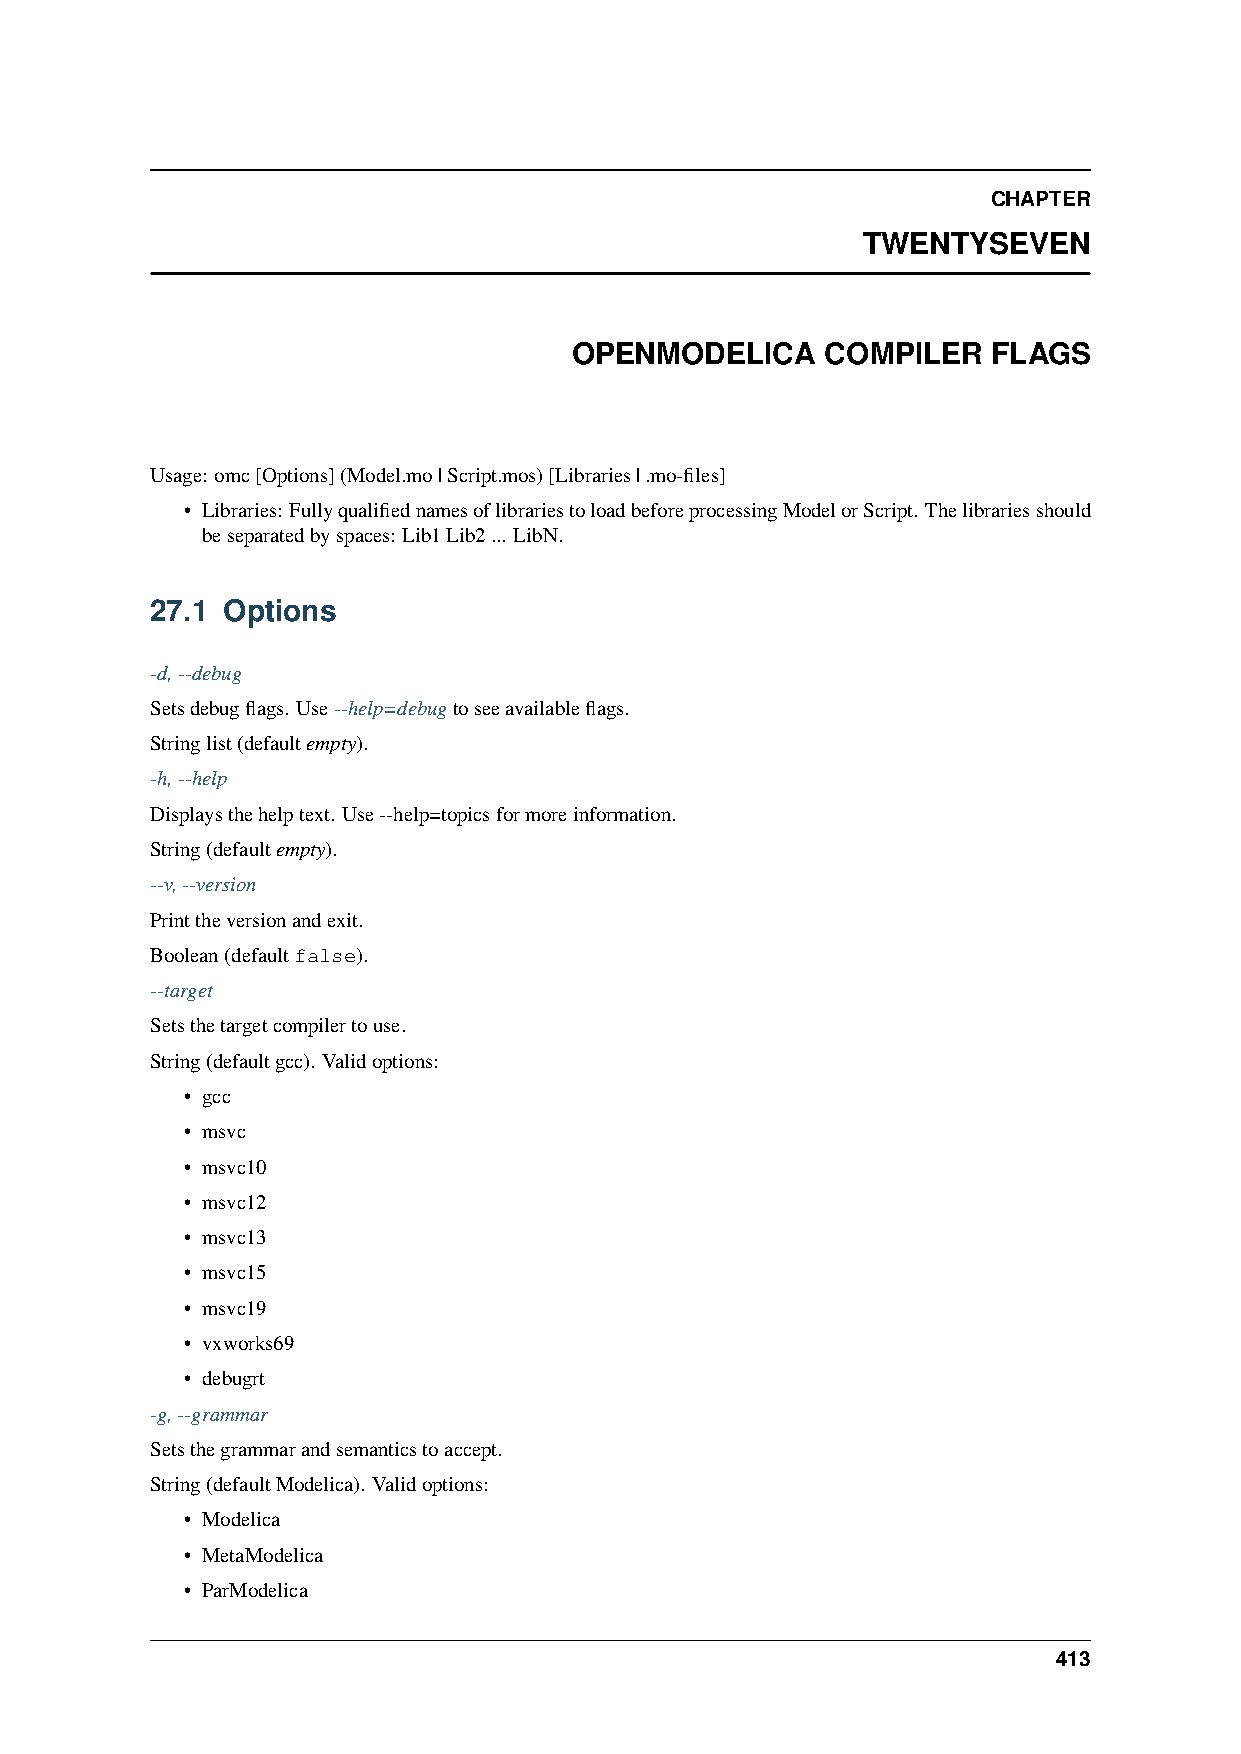
CHAPTER
 TWENTYSEVEN
 OPENMODELICA     COMPILER   FLAGS
 Usage: omc[Options](Model.mo|Script.mos)[Libraries|.mo-files]
 • Libraries: FullyqualifiednamesoflibrariestoloadbeforeprocessingModelorScript. Thelibrariesshould
 beseparatedbyspaces: Lib1Lib2... LibN.
 27.1 Options
 -d,--debug
 Setsdebugflags. Use--help=debugtoseeavailableflags.
 Stringlist(defaultempty).
 -h,--help
 Displaysthehelptext. Use--help=topicsformoreinformation.
 String(defaultempty).
 --v,--version
 Printtheversionandexit.
 Boolean(defaultfalse).
 --target
 Setsthetargetcompilertouse.
 String(defaultgcc). Validoptions:
 • gcc
 • msvc
 • msvc10
 • msvc12
 • msvc13
 • msvc15
 • msvc19
 • vxworks69
 • debugrt
 -g,--grammar
 Setsthegrammarandsemanticstoaccept.
 String(defaultModelica). Validoptions:
 • Modelica
 • MetaModelica
 • ParModelica
 413